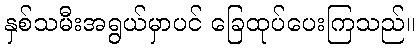
နှစ်သမီးအရွယ်မှာပင် ခြေထုပ်ပေးကြသည်။